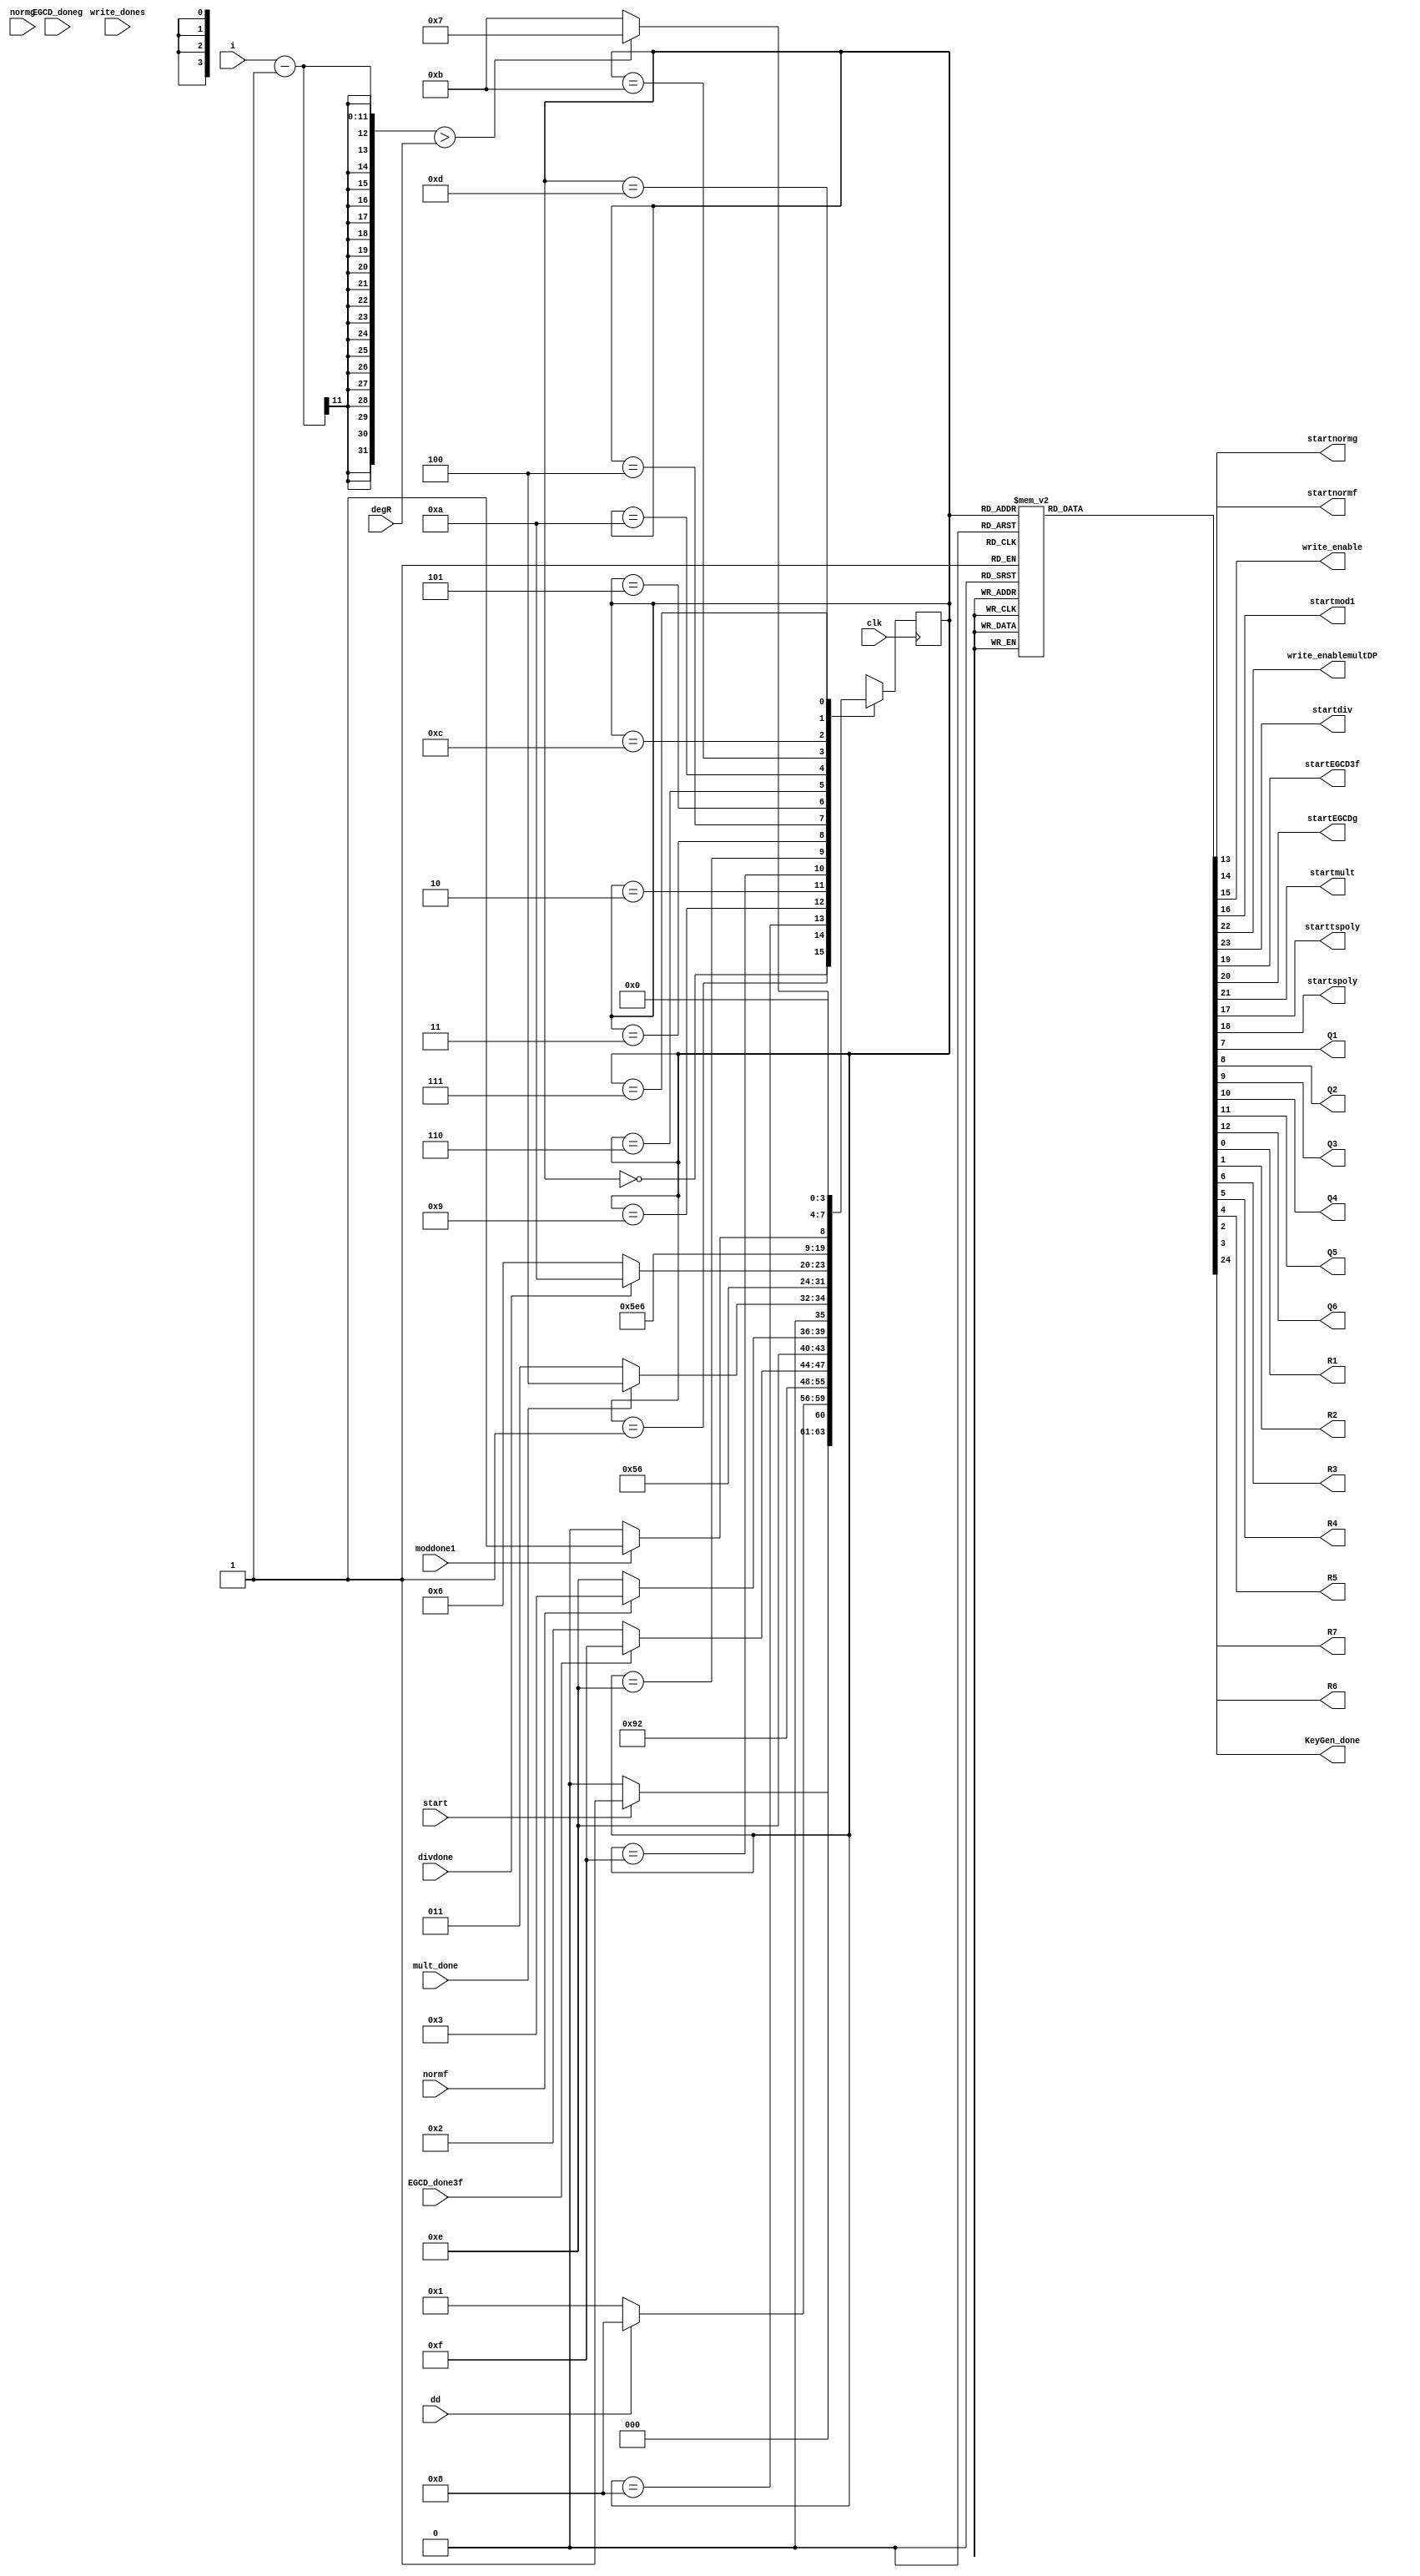
`timescale 1ns / 1ps
//////////////////////////////////////////////////////////////////////////////////
// Company: 
// Engineer: 
// 
// Design Name: 
// Module Name: KeyGen_FSM
// Project Name: 
// Target Devices: 
// Tool Versions: 
// Description: 
// 
// Dependencies: 
// 
// Revision:
// Revision 0.01 - File Created
// Additional Comments:
// 
//////////////////////////////////////////////////////////////////////////////////


module KeyGen_FSM(
    input clk, start,
    input dd,
    input [10:0]i, degR,
    input moddone1,write_dones, mult_done, divdone, EGCD_done3f, EGCD_doneg, normf, normg,
    output reg startnormf, startnormg,write_enable, startmod1,write_enablemultDP, startdiv, startEGCD3f, startEGCDg, startmult, starttspoly, startspoly,
    output reg Q1, Q2, Q3, Q4, Q5, Q6, R1, R2, R3, R4, R5, R6, R7,
    output reg KeyGen_done
    );
    
    parameter Inicio  = 4'b0000;
    parameter Polygen = 4'b0001;
    parameter egcdstart= 4'b1000;
    parameter egcdtemp1= 4'b1001;
    parameter NormalizeI=4'b1111;
    parameter Normalize= 4'b1110;
    
//    parameter egcdtemp2= 4'b1010;
    parameter egcdI=4'b0010;
    parameter multI=4'b0011;
    parameter As1=4'b0100;
    parameter As2  = 4'b0101;
    parameter hI=4'b0110;
    parameter temp1 = 4'b1010;
    parameter mod1=4'b1011;
    parameter mant=4'b1100;
    parameter preg1=4'b1101;
    parameter salida = 4'b0111;


    reg [3:0] presente = Inicio; // Registro de Estado - Valor inicial
    reg [3:0] futuro;            // Entrada del registro de Estado

    // Registro de estado 
    always @(posedge clk)
        presente <= futuro;

    // Lgica del estado siguiente
    always @(presente,  degR, i,normf, normg, moddone1, dd, write_dones, mult_done, divdone, EGCD_done3f, EGCD_doneg, start)
        case (presente)
            Inicio:
                if(start)
                    futuro <= Polygen;            
                else
                    futuro <= Inicio;
        
            Polygen:
                if(dd)
                    futuro <= egcdstart;            
                else
                    futuro <= Polygen;
            egcdstart:
                futuro <= egcdtemp1;
            egcdtemp1:
                futuro <= egcdI;            
//            egcdstart:
//                futuro <= egcdI;
            egcdI:
                if(EGCD_done3f)
                    futuro <= NormalizeI;            
                else
                    futuro <= egcdI;
            NormalizeI:
                futuro <= Normalize; 
            Normalize:
                if(normf)
                    futuro <= multI;            
                else
                    futuro <= Normalize;
            multI:
                  if(mult_done)
                    futuro <= As1;            
                else
                    futuro <= multI;
            As1:
                futuro <= As2;
            As2:
                futuro <= hI;
            hI:
                if(divdone)
                    futuro <= temp1;
                else
                    futuro <= hI;
            temp1:
                futuro <= mod1;
            mod1:
                    futuro <= mant;
            mant:
                if(moddone1)
                    futuro <= preg1;
                else
                    futuro <= mant;
            preg1:
                if((i-1)>degR)
                    futuro <= salida;
                else
                    futuro <= mod1;
            salida:
                futuro <= Inicio;
            default:
                futuro <= Inicio;
        endcase
    
    // Lgica de salida
    always @(presente)
        case (presente)
            Inicio : begin
                R1 <= 1'b1;
                R2 <= 1'b1;
                R6 <= 1'b0;
                R7 <= 1'b0;
                R5<= 1'b1;
                R4<= 1'b1;
                R3<= 1'b1;
                Q1<=1'b0;
                Q2<=1'b0;
                Q3<=1'b0;
                Q4<=1'b0;
                Q5<=1'b0;
                Q6<=1'b0;
                startnormf<=1'b0;
                startnormg<=1'b0;
                write_enable<=1'b0;
                startmod1 <= 1'b0;
                starttspoly<=1'b0;
                startspoly<=1'b0;
                startEGCD3f<=1'b0;
                startEGCDg<=1'b0;
                startmult<=1'b0;
                write_enablemultDP<=1'b0; 
                startdiv <= 1'b0;
                KeyGen_done <= 1'b0;
            end
            Polygen : begin
                R1 <= 1'b1;
                R2 <= 1'b1;
                R6 <= 1'b1;
                R7 <= 1'b1;
                R5<= 1'b1;
                R4<= 1'b1;
                R3<= 1'b1;
                Q1<=1'b0;
                Q2<=1'b0;
                Q3<=1'b0;
                Q4<=1'b0;
                Q5<=1'b0;
                Q6<=1'b0;
                startnormf<=1'b0;
                startnormg<=1'b0;
                write_enable<=1'b0;
                startmod1 <= 1'b0;
                starttspoly<=1'b1;
                startspoly<=1'b1;
                startEGCD3f<=1'b0;
                startEGCDg<=1'b0;
                startmult<=1'b0;
                write_enablemultDP<=1'b0; 
                startdiv <= 1'b0;
                KeyGen_done <= 1'b0;
            end
            egcdtemp1: begin
                R1 <= 1'b1;
                R2 <= 1'b1;
                R6 <= 1'b1;
                R7 <= 1'b1;
                R5<= 1'b1;
                R4<= 1'b1;
                R3<= 1'b1;
                startmod1 <= 1'b0;
                Q1<=1'b1;
                Q2<=1'b0;
                Q3<=1'b0;
                Q4<=1'b0;
                Q5<=1'b0;
                Q6<=1'b0;
                startnormf<=1'b0;
                startnormg<=1'b0;
                write_enable<=1'b0;
                starttspoly<=1'b0;
                startspoly<=1'b0;
                startEGCD3f<=1'b0;
                startEGCDg<=1'b0;
                startmult<=1'b0;
                write_enablemultDP<=1'b0; 
                startdiv <= 1'b0;
                KeyGen_done <= 1'b0;
            end
            egcdstart: begin
                R1 <= 1'b1;
                R2 <= 1'b1;
                R6 <= 1'b1;
                R7 <= 1'b1;
                R5<= 1'b1;
                R4<= 1'b1;
                R3<= 1'b1;
                startmod1 <= 1'b0;
                Q1<=1'b1;
                Q2<=1'b0;
                Q3<=1'b0;
                Q4<=1'b0;
                Q5<=1'b0;
                Q6<=1'b0;
                startnormf<=1'b0;
                startnormg<=1'b0;
                write_enable<=1'b0;
                starttspoly<=1'b0;
                startspoly<=1'b0;
                startEGCD3f<=1'b1;
                startEGCDg<=1'b1;
                startmult<=1'b0;
                write_enablemultDP<=1'b0; 
                startdiv <= 1'b0;
                KeyGen_done <= 1'b0;
            end
            egcdI: begin
                R1 <= 1'b1;
                R2 <= 1'b1;
                R6 <= 1'b1;
                R7 <= 1'b1;
                R5<= 1'b1;
                R4<= 1'b1;
                R3<= 1'b1;
                startmod1 <= 1'b0;
                Q1<=1'b1;
                Q2<=1'b0;
                Q3<=1'b0;
                Q4<=1'b0;
                Q5<=1'b1;
                Q6<=1'b0;
                startnormf<=1'b0;
                startnormg<=1'b0;
                write_enable<=1'b0;
                starttspoly<=1'b0;
                startspoly<=1'b0;
                startEGCD3f<=1'b0;
                startEGCDg<=1'b0;
                startmult<=1'b0;
                write_enablemultDP<=1'b0; 
                startdiv <= 1'b0;
                KeyGen_done <= 1'b0;
            end
            NormalizeI: begin
                R1 <= 1'b1;
                R2 <= 1'b1;
                R6 <= 1'b1;
                R7 <= 1'b1;
                R5<= 1'b1;
                R4<= 1'b1;
                R3<= 1'b1;
                startmod1 <= 1'b0;
                Q1<=1'b1;
                Q2<=1'b1;
                Q3<=1'b0;
                Q4<=1'b1;
                Q5<=1'b1;
                Q6<=1'b1;
                write_enable<=1'b0;
                startnormf<=1'b1;
                startnormg<=1'b1;
                starttspoly<=1'b0;
                startspoly<=1'b0;
                startEGCD3f<=1'b0;
                startEGCDg<=1'b0;
                startmult<=1'b0;
                write_enablemultDP<=1'b0; 
                startdiv <= 1'b0;
                KeyGen_done <= 1'b0;
            end
            Normalize: begin
                R1 <= 1'b1;
                R2 <= 1'b1;
                R6 <= 1'b1;
                R7 <= 1'b1;
                R5<= 1'b1;
                R4<= 1'b1;
                R3<= 1'b1;
                startmod1 <= 1'b0;
                Q1<=1'b1;
                Q2<=1'b1;
                Q3<=1'b0;
                Q4<=1'b1;
                Q5<=1'b1;
                Q6<=1'b1;
                write_enable<=1'b0;
                startnormf<=1'b0;
                startnormg<=1'b0;
                starttspoly<=1'b0;
                startspoly<=1'b0;
                startEGCD3f<=1'b0;
                startEGCDg<=1'b0;
                startmult<=1'b0;
                write_enablemultDP<=1'b0; 
                startdiv <= 1'b0;
                KeyGen_done <= 1'b0;
            end
            
            multI: begin
                R1 <= 1'b1;
                R2 <= 1'b1;
                R6 <= 1'b1;
                R7 <= 1'b1;
                R5<= 1'b1;
                R4<= 1'b1;
                R3<= 1'b1;
                Q6<=1'b0;
                startnormf<=1'b0;
                startnormg<=1'b0;
                startmod1 <= 1'b0;
                Q1<=1'b1;
                Q2<=1'b1;
                Q3<=1'b0;
                Q4<=1'b1;
                Q5<=1'b1;
                write_enable<=1'b0;
                starttspoly<=1'b0;
                startspoly<=1'b0;
                startEGCD3f<=1'b0;
                startEGCDg<=1'b0;
                startmult<=1'b1;
                write_enablemultDP<=1'b0; 
                startdiv <= 1'b0;
                KeyGen_done <= 1'b0;
            end
            As1: begin
                R1 <= 1'b0;
                R2 <= 1'b0;
                R6 <= 1'b1;
                R7 <= 1'b1;
                R5<= 1'b1;
                R4<= 1'b1;
                R3<= 1'b1;
                startmod1 <= 1'b0;
                Q1<=1'b1;
                Q2<=1'b1;
                Q3<=1'b1;
                Q4<=1'b0;
                Q5<=1'b1;
                Q6<=1'b0;
                startnormf<=1'b0;
                startnormg<=1'b0;
                write_enable<=1'b0;
                starttspoly<=1'b0;
                startspoly<=1'b0;
                startEGCD3f<=1'b0;
                startEGCDg<=1'b0;
                startmult<=1'b0;
                write_enablemultDP<=1'b1; 
                startdiv <= 1'b0;
                KeyGen_done <= 1'b0;
            end
            As2: begin
                R1 <= 1'b0;
                R2 <= 1'b0;
                R6 <= 1'b1;
                R7 <= 1'b1;
                R5<= 1'b1;
                R4<= 1'b1;
                R3<= 1'b1;
                startmod1 <= 1'b0;
                Q1<=1'b1;
                Q2<=1'b1;
                Q3<=1'b1;
                Q4<=1'b0;
                Q5<=1'b1;
                Q6<=1'b0;
                startnormf<=1'b0;
                startnormg<=1'b0;
                write_enable<=1'b0;
                starttspoly<=1'b0;
                startspoly<=1'b0;
                startEGCD3f<=1'b0;
                startEGCDg<=1'b0;
                startmult<=1'b0;
                write_enablemultDP<=1'b1; 
                startdiv <= 1'b0;
                KeyGen_done <= 1'b0;
            end                 
            hI: begin
                R1 <= 1'b1;
                R2 <= 1'b1;
                R6 <= 1'b1;
                R7 <= 1'b1;
                R5<= 1'b1;
                R4<= 1'b1;
                R3<= 1'b1;
                startmod1 <= 1'b0;
                Q1<=1'b1;
                Q2<=1'b1;
                Q3<=1'b1;
                Q4<=1'b1;
                Q5<=1'b1;
                Q6<=1'b0;
                startnormf<=1'b0;
                startnormg<=1'b0;
                write_enable<=1'b0;
                starttspoly<=1'b0;
                startspoly<=1'b0;
                startEGCD3f<=1'b0;
                startEGCDg<=1'b0;
                startmult<=1'b0;
                write_enablemultDP<=1'b0; 
                startdiv <= 1'b1;
                KeyGen_done <= 1'b0;
            end
            temp1: begin
                R1 <= 1'b1;
                R2 <= 1'b1;
                R6 <= 1'b1;
                R7 <= 1'b1;
                R5<= 1'b1;
                R4<= 1'b1;
                R3<= 1'b1;
                startmod1 <= 1'b0;
                Q1<=1'b1;
                Q2<=1'b1;
                Q3<=1'b0;
                Q4<=1'b1;
                Q5<=1'b1;
                Q6<=1'b0;
                startnormf<=1'b0;
                startnormg<=1'b0;
                write_enable<=1'b0;
                starttspoly<=1'b0;
                startspoly<=1'b0;
                startEGCD3f<=1'b0;
                startEGCDg<=1'b0;
                startmult<=1'b0;
                write_enablemultDP<=1'b0; 
                startdiv <= 1'b0;
                KeyGen_done <= 1'b0;
            end
            mod1: begin
                R1 <= 1'b1;
                R2 <= 1'b1;
                R6 <= 1'b0;
                R7 <= 1'b1;
                R5<= 1'b1;
                R4<= 1'b0;
                R3<= 1'b0;
                startmod1 <= 1'b1;
                Q1<=1'b1;
                Q2<=1'b1;
                Q3<=1'b0;
                Q4<=1'b1;
                Q5<=1'b1;
                Q6<=1'b0;
                startnormf<=1'b0;
                startnormg<=1'b0;
                write_enable<=1'b1;
                starttspoly<=1'b0;
                startspoly<=1'b0;
                startEGCD3f<=1'b0;
                startEGCDg<=1'b0;
                startmult<=1'b0;
                write_enablemultDP<=1'b0; 
                startdiv <= 1'b0;
                KeyGen_done <= 1'b0;
            end
            mant: begin
                R1 <= 1'b1;
                R2 <= 1'b1;
                R6 <= 1'b1;
                R7 <= 1'b1;
                R5<= 1'b1;
                R4<= 1'b1;
                R3<= 1'b0;
                startmod1 <= 1'b0;
                Q1<=1'b1;
                Q2<=1'b1;
                Q3<=1'b0;
                Q4<=1'b1;
                Q5<=1'b1;
                Q6<=1'b0;
                startnormf<=1'b0;
                startnormg<=1'b0;
                write_enable<=1'b0;
                starttspoly<=1'b0;
                startspoly<=1'b0;
                startEGCD3f<=1'b0;
                startEGCDg<=1'b0;
                startmult<=1'b0;
                write_enablemultDP<=1'b0; 
                startdiv <= 1'b0;
                KeyGen_done <= 1'b0;
            end
            preg1: begin
                R1 <= 1'b1;
                R2 <= 1'b1;
                R6 <= 1'b1;
                R7 <= 1'b1;
                R5<= 1'b0;
                R4<= 1'b1;
                R3<= 1'b0;
                startmod1 <= 1'b0;
                Q1<=1'b1;
                Q2<=1'b1;
                Q3<=1'b0;
                Q4<=1'b1;
                Q5<=1'b1;
                Q6<=1'b0;
                startnormf<=1'b0;
                startnormg<=1'b0;
                write_enable<=1'b1;
                starttspoly<=1'b0;
                startspoly<=1'b0;
                startEGCD3f<=1'b0;
                startEGCDg<=1'b0;
                startmult<=1'b0;
                write_enablemultDP<=1'b0; 
                startdiv <= 1'b0;
                KeyGen_done <= 1'b0;
            end
            
            salida: begin
                R1 <= 1'b1;
                R2 <= 1'b1;
                R6 <= 1'b1;
                R7 <= 1'b1;
                R5<= 1'b1;
                R4<= 1'b1;
                R3<= 1'b1;
                startmod1 <= 1'b0;
                Q1<=1'b1;
                Q2<=1'b1;
                Q3<=1'b0;
                Q4<=1'b1;
                Q5<=1'b1;
                Q6<=1'b0;
                startnormf<=1'b0;
                startnormg<=1'b0;
                write_enable<=1'b0;
                starttspoly<=1'b0;
                startspoly<=1'b0;
                startEGCD3f<=1'b0;
                startEGCDg<=1'b0;
                startmult<=1'b0;
                write_enablemultDP<=1'b0; 
                startdiv <= 1'b0;
                KeyGen_done <= 1'b1;
            end
            default: begin 
                R1 <= 1'b1;
                R2 <= 1'b1;
                R6 <= 1'b0;
                R7 <= 1'b0;
                R5<= 1'b1;
                R4<= 1'b1;
                R3<= 1'b1;
                Q1<=1'b0;
                Q2<=1'b0;
                Q3<=1'b0;
                Q4<=1'b0;
                Q5<=1'b0;
                Q6<=1'b0;
                startnormf<=1'b0;
                startnormg<=1'b0;
                write_enable<=1'b0;
                startmod1 <= 1'b0;
                starttspoly<=1'b0;
                startspoly<=1'b0;
                startEGCD3f<=1'b0;
                startEGCDg<=1'b0;
                startmult<=1'b0;
                write_enablemultDP<=1'b0; 
                startdiv <= 1'b0;
                KeyGen_done <= 1'b0;
            end
      endcase

endmodule